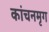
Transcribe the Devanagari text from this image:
कांचनमृग